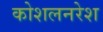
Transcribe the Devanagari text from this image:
कोशलनरेश